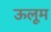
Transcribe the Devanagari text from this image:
ऊलूम